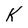
Character: k